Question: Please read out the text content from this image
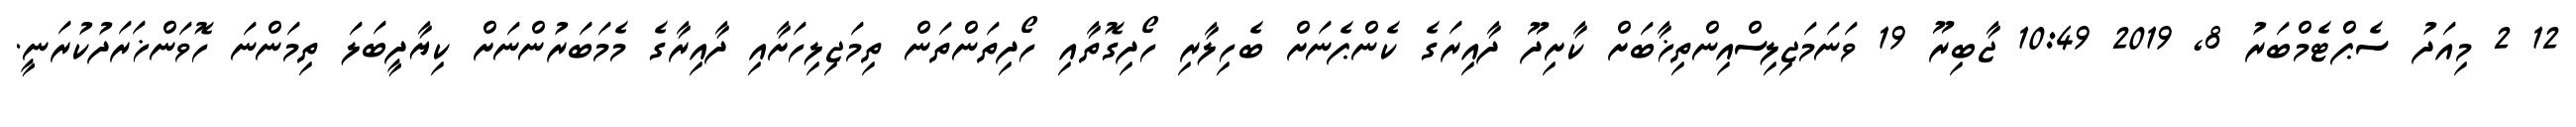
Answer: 12 2 މިއަދު ސެޕްޓެމްބަރު 8, 2019 10:49 ޖާބިރޫ 19 ވަނަމަޖިލިސްއިންތިޚާބަށް ކާށިދޫ ދާއިރަގެ ކެންޕެނަށް ބެހިލާރި ހޯދިގޮތާއި ހޯދިތަންތަން ތިމަޖިލިހަށާއި ދާއިރާގެ މެމަބަރުންނަށް ކިޔާދީބަލަ ތިމަންނަ ހޮވަންޚަރަދުކުރަނީ.